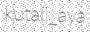
kutali_aya